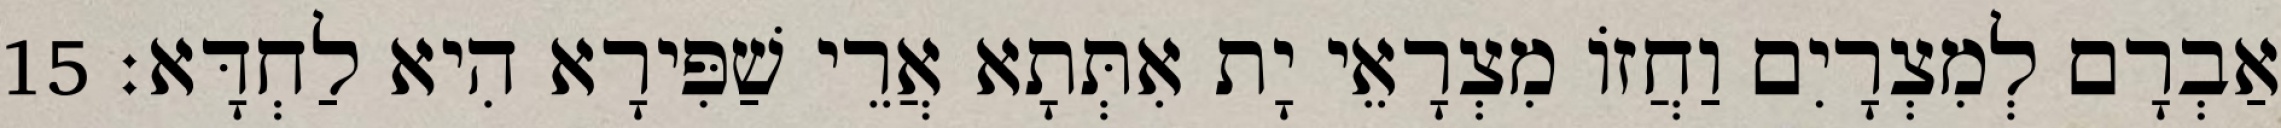
אַבְרָם לְמִצְרָיִם וַחֲזוֹ מִצְרָאֵי יָת אִתְּתָא אֲרֵי שַׁפִּירָא הִיא לַחְדָּא׃ 15